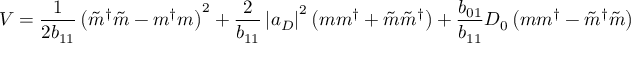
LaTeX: V = \frac { 1 } { 2 { b } _ { 1 1 } } \left( \tilde { m } ^ { \dagger } \tilde { m } - m ^ { \dagger } m \right) ^ { 2 } + \frac { 2 } { { b } _ { 1 1 } } \left| a _ { D } \right| ^ { 2 } \left( m m ^ { \dagger } + \tilde { m } \tilde { m } ^ { \dagger } \right) + \frac { { b } _ { 0 1 } } { { b } _ { 1 1 } } D _ { 0 } \left( m m ^ { \dagger } - \tilde { m } ^ { \dagger } \tilde { m } \right)